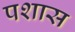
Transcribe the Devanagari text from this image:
पशास